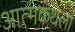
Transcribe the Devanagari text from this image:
आत्मकथेला